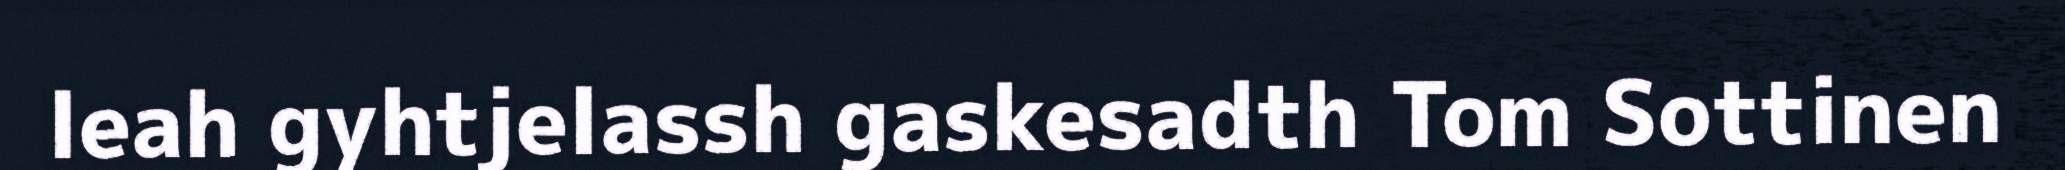
leah gyhtjelassh gaskesadth Tom Sottinen